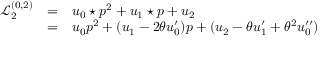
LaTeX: \begin{array} { l c l } { { { \mathcal L } _ { 2 } ^ { ( 0 , 2 ) } } } & { { = } } & { { { u _ { 0 } \star p } ^ { 2 } + u _ { 1 } \star p + u _ { 2 } } } \\ { { } } & { { = } } & { { u _ { 0 } { p } ^ { 2 } + ( u _ { 1 } - 2 \theta u _ { 0 } ^ { \prime } ) p + ( u _ { 2 } - \theta u _ { 1 } ^ { \prime } + \theta ^ { 2 } u _ { 0 } ^ { \prime \prime } ) } } \end{array}